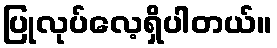
ပြုလုပ်လေ့ရှိပါတယ်။